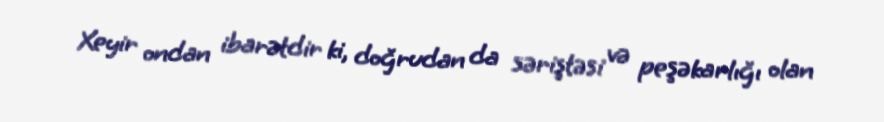
Xeyir ondan ibarətdir ki, doğrudan da səriştəsi və peşəkarlığı olan